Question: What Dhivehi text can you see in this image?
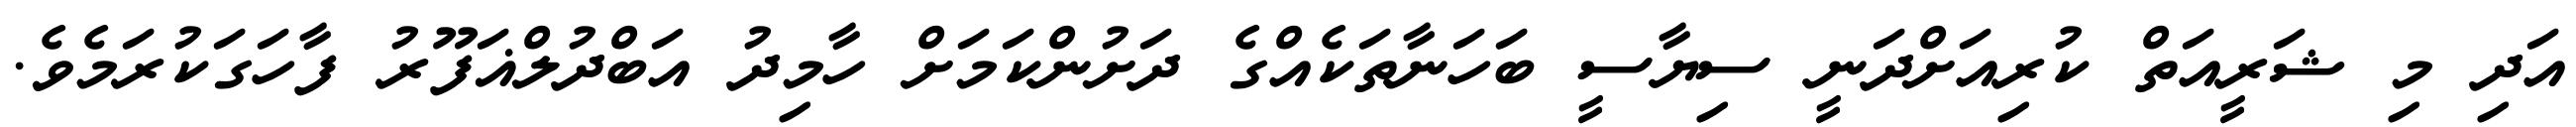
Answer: އަދި މި ޝަރީއަތް ކުރިއަށްދަނީ ސިޔާސީ ބަހަނާތަކެއްގެ ދަށުންކަމަށް ހާމިދު އަބްދުލްޣަފޫރު ފާހަގަކުރަމެވެ.